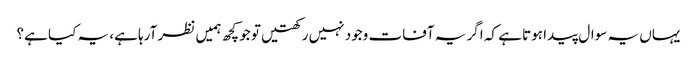
یہاں یہ سوال پیدا ہوتا ہے کہ اگر یہ آفات وجود نہیں رکھتیں تو جو کچھ ہمیں نظر آرہا ہے، یہ کیا ہے؟